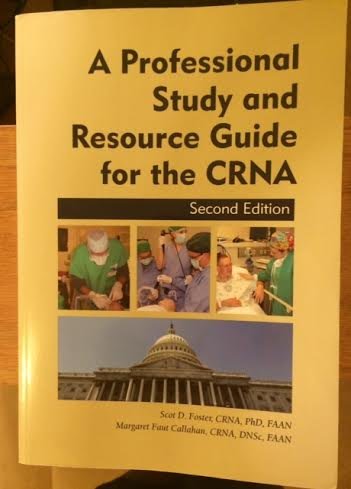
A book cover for Professional Study and Resource Guide for the CRNA; Scot D. Foster; Medical Books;